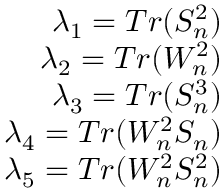
\begin{array} { r } { \lambda _ { 1 } = T r ( S _ { n } ^ { 2 } ) } \\ { \lambda _ { 2 } = T r ( W _ { n } ^ { 2 } ) } \\ { \lambda _ { 3 } = T r ( S _ { n } ^ { 3 } ) } \\ { \lambda _ { 4 } = T r ( W _ { n } ^ { 2 } S _ { n } ) } \\ { \lambda _ { 5 } = T r ( W _ { n } ^ { 2 } S _ { n } ^ { 2 } ) } \end{array}